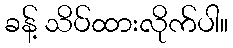
ခန့် သိပ်ထားလိုက်ပါ။